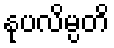
နုပလိမ္ပတိ